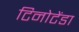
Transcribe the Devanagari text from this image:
टिनोटेंडा